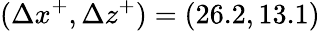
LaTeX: (\Delta x^{+},\Delta z^{+})=(26.2,13.1)